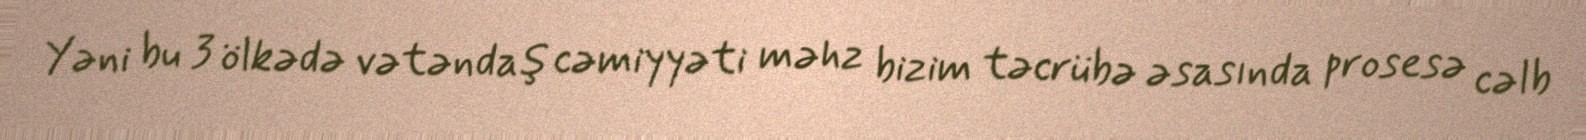
Yəni bu 3 ölkədə vətəndaş cəmiyyəti məhz bizim təcrübə əsasında prosesə cəlb